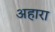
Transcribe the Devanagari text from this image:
अहारा